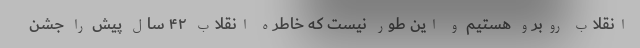
انقلاب روبرو هستیم و این طور نیست که خاطره انقلاب ۴۲ سال پیش را جشن